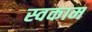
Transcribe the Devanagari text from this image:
स्वकाम